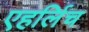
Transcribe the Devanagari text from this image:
एहर्लिच